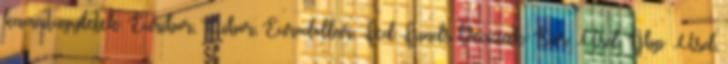
kamatügyletek: Euribor, Libor, Eurodollar, Fed Funds Devizák: Eur Usd, Gbp Usd,